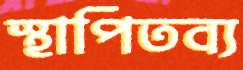
স্থাপিতব্য